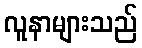
လူနာများသည်